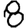
Digit: 8